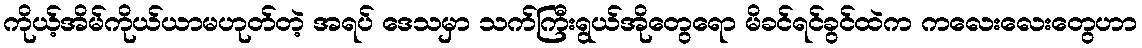
ကိုယ့်အိမ်ကိုယ်ယာမဟုတ်တဲ့ အရပ် ဒေသမှာ သက်ကြီးရွယ်အိုတွေရော မိခင်ရင်ခွင်ထဲက ကလေးလေးတွေဟာ